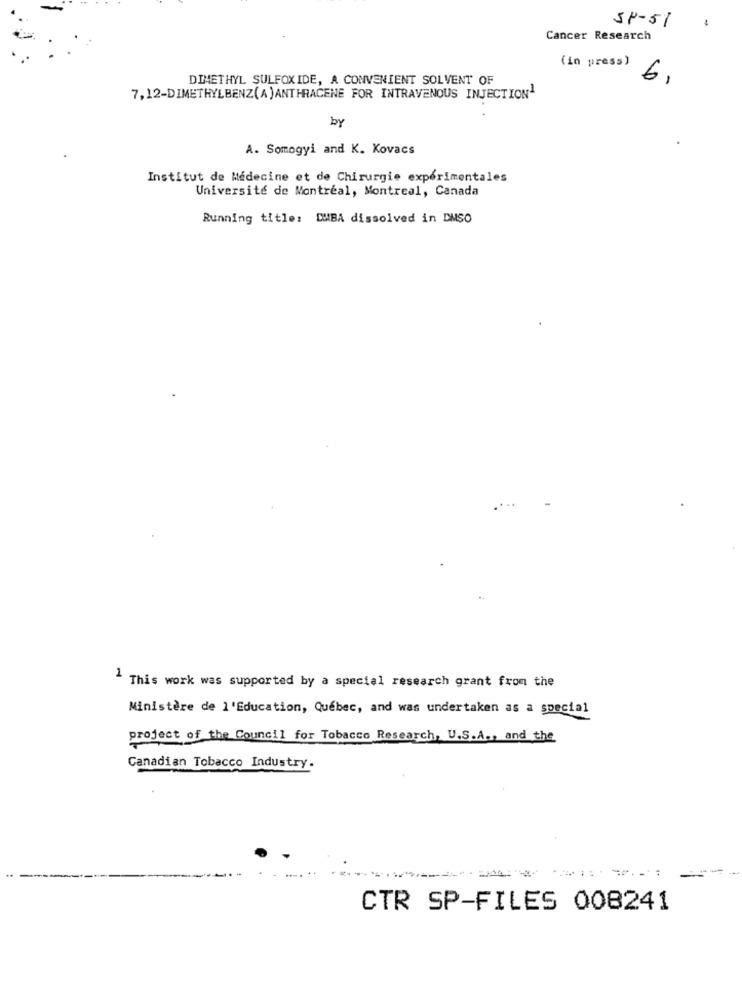
SP-51
.
Cancer Research
(in press)
DIMETHYL SULFOXIDE, A CONVENIENT SOLVENT OF
6,
7,12-DIMETHYLBENZ(A)ANTHRACENE FOR INTRAVENOUS INJECTION1
by
A. Somogyi and K. Kovacs
Institut de Médecine et de Chirurgie experimentales
Université de Montréal, Montreal, Canada
Running title: DUBA dissolved in DMSO
1 This work was supported by a special research grant from the
Ministère de l'Education, Québec, and was undertaken as a special
project of the Council for Tobacco Research, U.S.A ., and the
Canadian Tobacco Industry.
CTR SP-FILES 008241